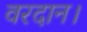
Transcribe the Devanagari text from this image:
वरदान।